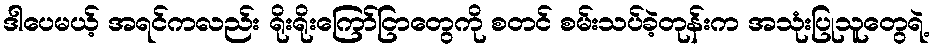
ဒါပေမယ့် အရင်ကလည်း ရိုးရိုးကြော်ငြာတွေကို စတင် စမ်းသပ်ခဲ့တုန်းက အသုံးပြုသူတွေရဲ့